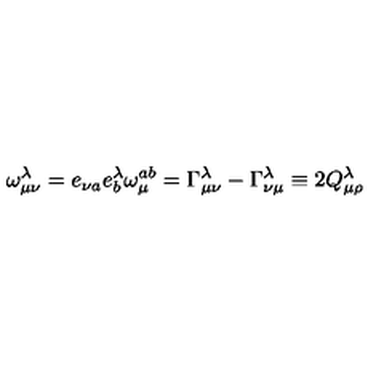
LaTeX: \omega _ { \mu \nu } ^ { \lambda } = e _ { \nu a } e _ { b } ^ { \lambda } \omega _ { \mu } ^ { a b } = \Gamma _ { \mu \nu } ^ { \lambda } - \Gamma _ { \nu \mu } ^ { \lambda } \equiv 2 Q _ { \mu \rho } ^ { \lambda }